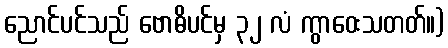
ညောင်ပင်သည် ဗောဓိပင်မှ ၃၂ လံ ကွာဝေးသတတ်။)